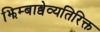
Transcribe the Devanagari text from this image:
झिम्बाब्वेव्यतिरिक्त